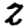
Digit: 2